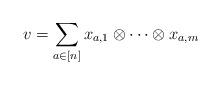
LaTeX: \begin{align*}v=\sum_{a \in [n]} x_{a,1} \otimes\dots \otimes x_{a,m}\end{align*}